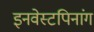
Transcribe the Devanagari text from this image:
इनवेस्टपिनांग